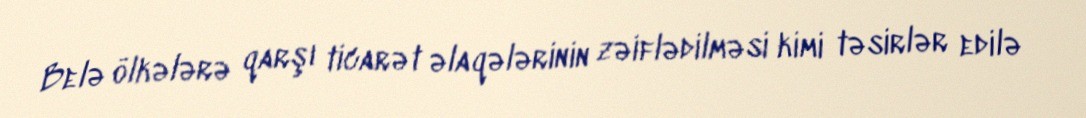
Belə ölkələrə qarşı ticarət əlaqələrinin zəiflədilməsi kimi təsirlər edilə